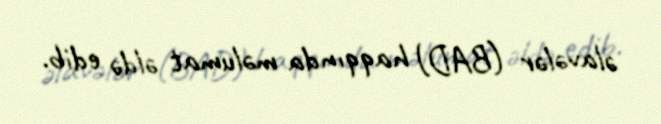
əlavələr (BAD) haqqında məlumat əldə edib.